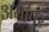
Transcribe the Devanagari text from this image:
अमीपुर